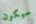
سيكون